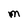
Character: m